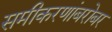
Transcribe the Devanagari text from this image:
समीकरणांबरोबर